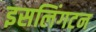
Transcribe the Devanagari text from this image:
इसलिंगटन